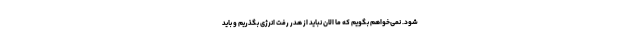
شود. نمی‌خواهم بگویم که ما الان نباید از هدر رفت انرژی بگذریم و باید